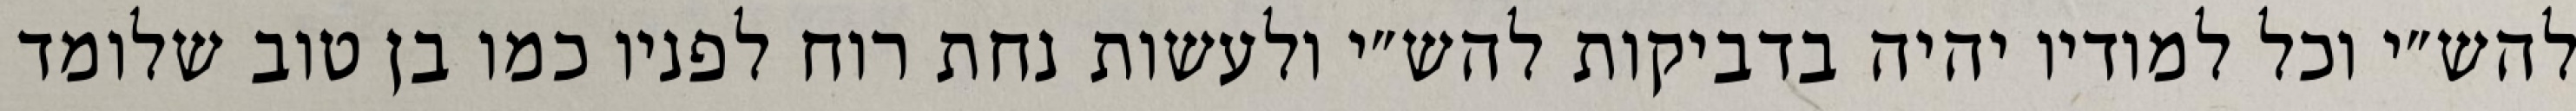
להש״י וכל למודיו יהיה בדביקות להש״י ולעשות נחת רוח לפניו כמו בן טוב שלומד